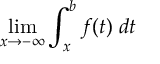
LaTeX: \operatorname* { l i m } _ { x \to - \infty } \int _ { x } ^ { b } f ( t ) \; d t